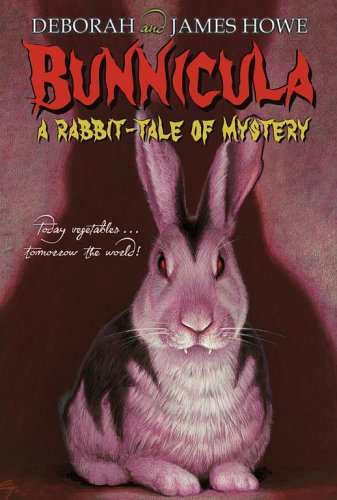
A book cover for Bunnicula: A Rabbit-Tale of Mystery; GREAT SOURCE; Children's Books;